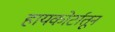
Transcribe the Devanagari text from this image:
हायकोर्टातून